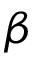
\beta